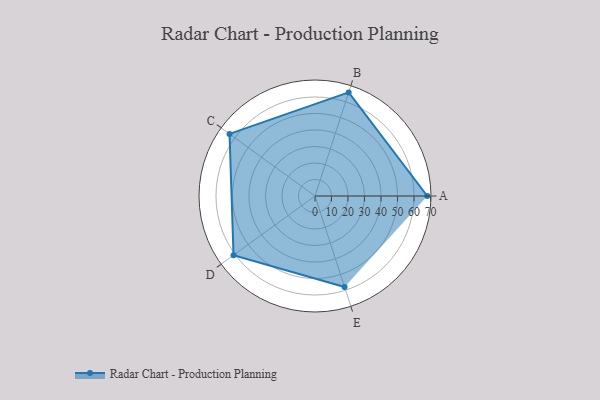
{"axis": {"x": "Skill", "y": "Score"}, "legend": ["Profile"], "data": [{"x": "A", "y": 68.0, "type": "Profile"}, {"x": "B", "y": 66.0, "type": "Profile"}, {"x": "C", "y": 64.0, "type": "Profile"}, {"x": "D", "y": 61.0, "type": "Profile"}, {"x": "E", "y": 58.0, "type": "Profile"}]}